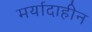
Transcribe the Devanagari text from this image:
मर्यादाहीन